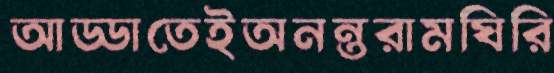
আড্ডাতেইঅনন্তরামঘিরি